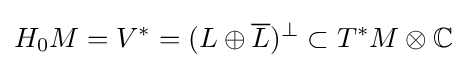
H_{0}M=V^{*}=(L\oplus {\overline {L}})^{\perp }\subset T^{*}M\otimes \mathbb {C}